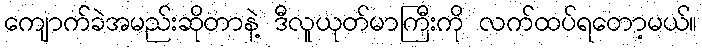
ကျောက်ခဲအမည်းဆိုတာနဲ့ ဒီလူယုတ်မာကြီးကို လက်ထပ်ရတော့မယ်။